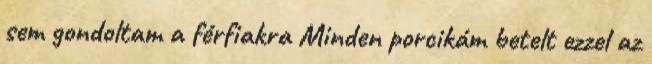
sem gondoltam a férfiakra Minden porcikám betelt ezzel az